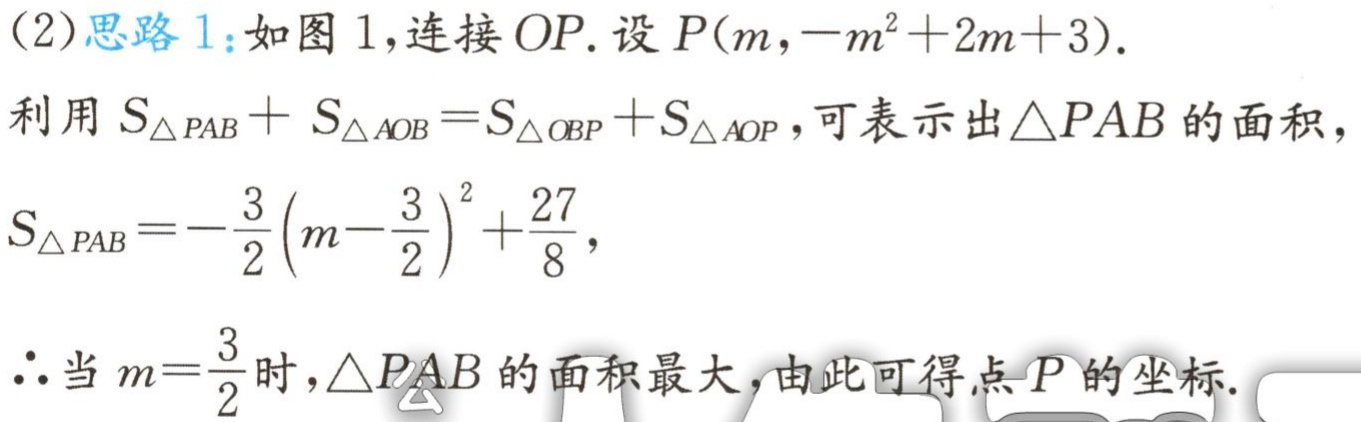
(2)思路1：如图1,连接 \(OP\).设 \(P(m,-m^{2}+2m + 3)\).

利用 \(S_{\triangle PAB}+S_{\triangle AOB}=S_{\triangle OBP}+S_{\triangle AOP}\),可表示出\(\triangle PAB\)的面积，

\(S_{\triangle PAB}=-\frac{3}{2}(m - \frac{3}{2})^{2}+\frac{27}{8}\),

\(\therefore\)当 \(m = \frac{3}{2}\)时，\(\triangle PAB\)的面积最大，由此可得点 \(P\)的坐标.